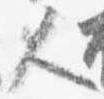
人